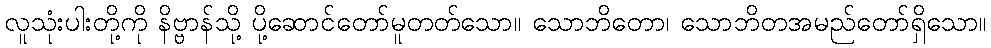
လူသုံးပါးတို့ကို နိဗ္ဗာန်သို့ ပို့ဆောင်တော်မူတတ်သော။ သောဘိတော၊ သောဘိတအမည်တော်ရှိသော။